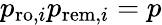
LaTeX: p_{\mathrm{ro},i}p_{\mathrm{rem},i}=p